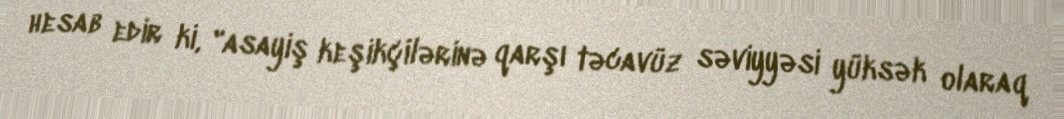
hesab edir ki, "asayiş keşikçilərinə qarşı təcavüz səviyyəsi yüksək olaraq